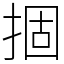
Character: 㧽